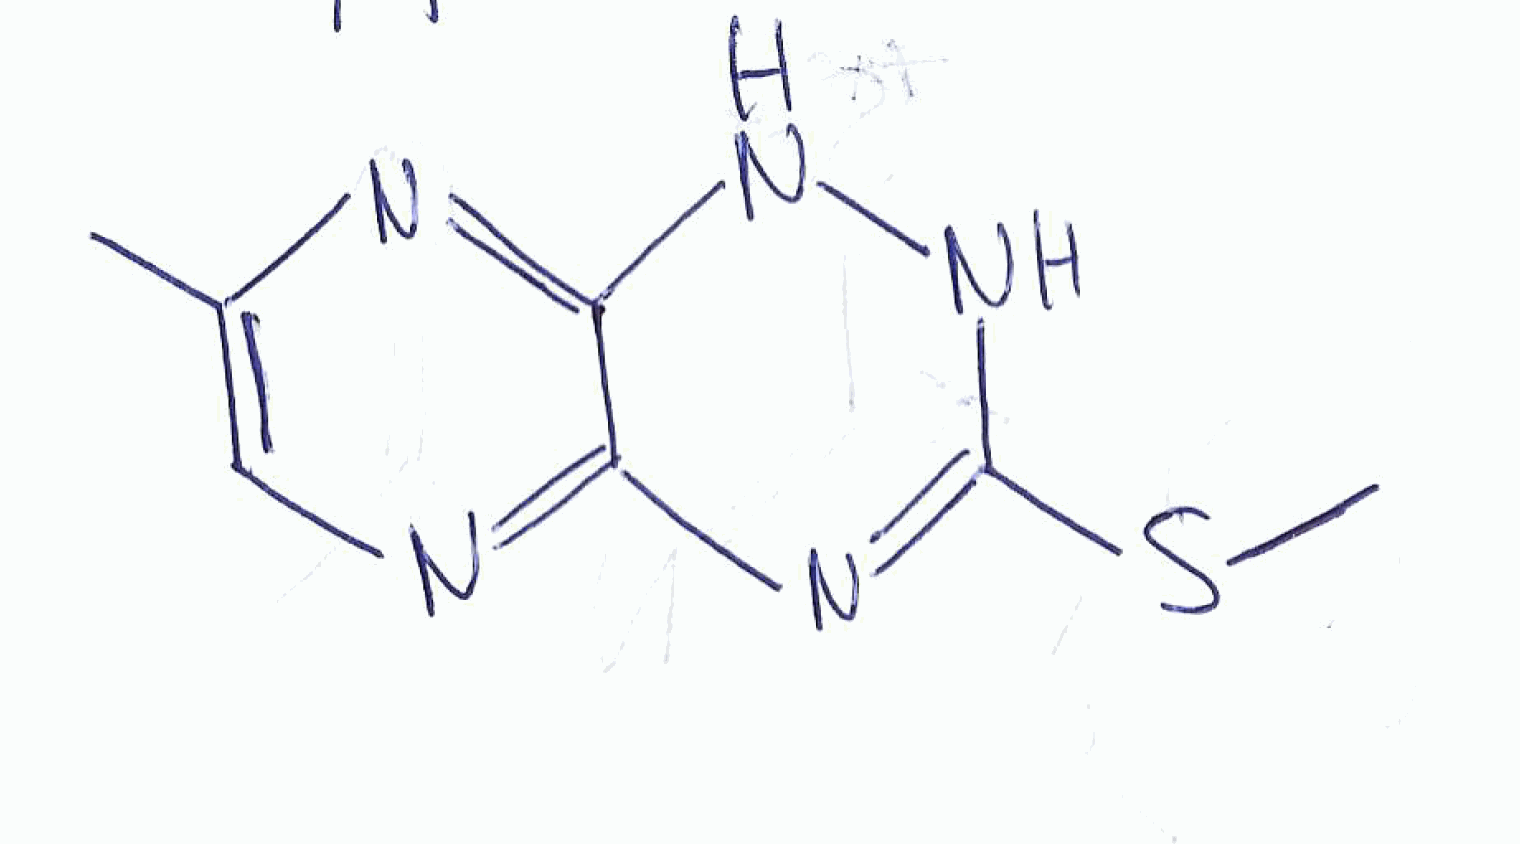
Simplified molecular-input line-entry system (SMILES) notation of the given molecule:
CC1=CN=C2C(=N1)NNC(=N2)SC